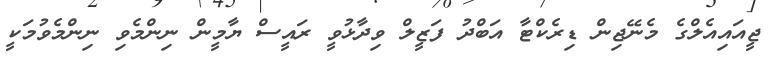
ޖީއައިއެލްގެ މެނޭޖިން ޑިރެކްޓާ އަބްދު ފަޒީލް ވިދާޅުވީ ރައީސް ޔާމީން ނިންމެވި ނިންމެވުމަކީ